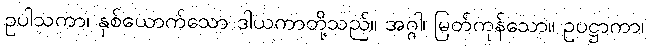
ဥပါသကာ၊ နှစ်ယောက်သော ဒါယကာတို့သည်။ အဂ္ဂါ၊ မြတ်ကုန်သော။ ဥပဋ္ဌာကာ၊